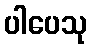
ပါပေသု